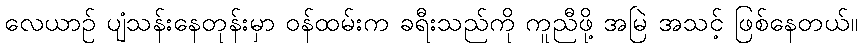
လေယာဉ် ပျံသန်းနေတုန်းမှာ ဝန်ထမ်းက ခရီးသည်ကို ကူညီဖို့ အမြဲ အသင့် ဖြစ်နေတယ်။